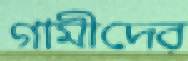
গামীদের